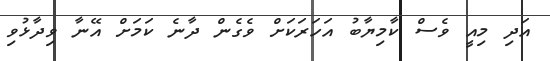
އަދި މިއީ ވެސް ކާމިޔާބު އަހަރަކަށް ވެގެން ދާނެ ކަމަށް އޭނާ ވިދާޅުވި